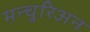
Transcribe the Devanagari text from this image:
मन्चुरिअन